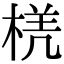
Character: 𭪲